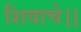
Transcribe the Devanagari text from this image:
शिवाचे।।